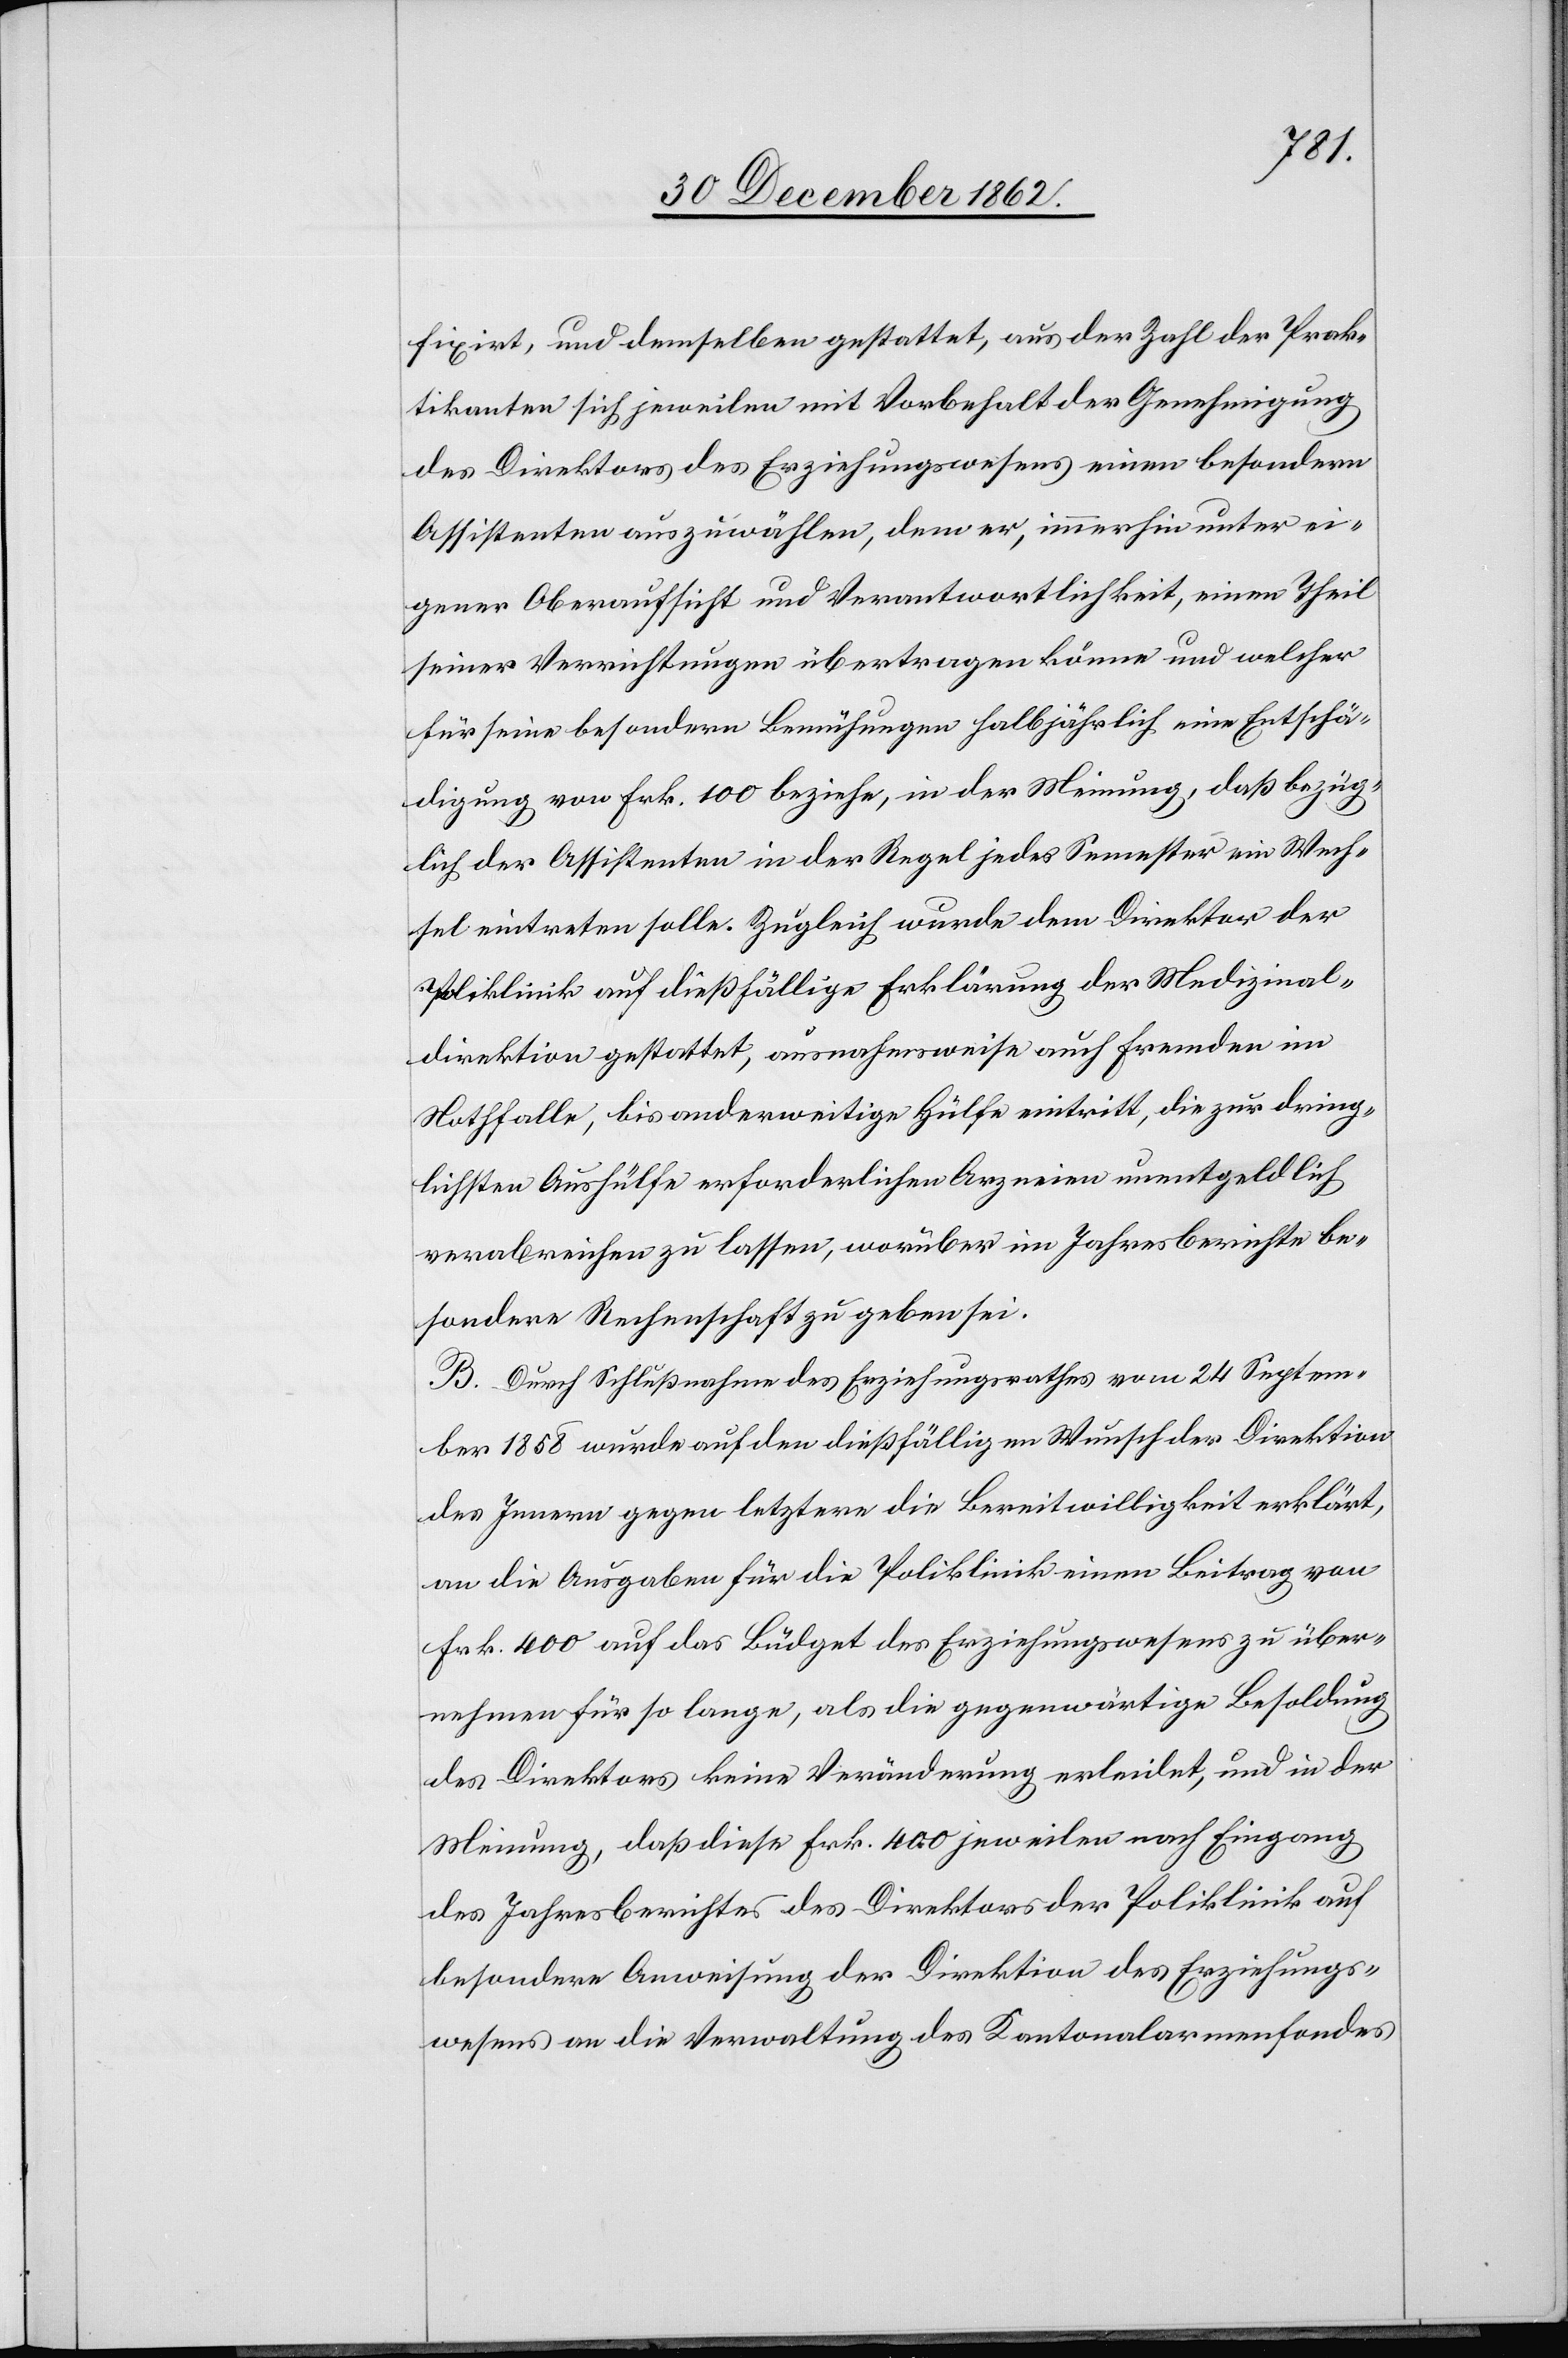
fixirt, und demselben gestattet, aus der Zahl der Prak¬
tikanten sich jeweilen mit Vorbehalt der Genehmigung
des Direktors des Erziehungswesens einen besondern
Assistenten auszuwählen, dem er, immerhin unter ei¬
gener Oberaufsicht und Verantwortlichkeit, einen Theil
seiner Verrichtungen übertragen könne und welcher
für seine besondern Bemühungen halbjährlich eine Entschä¬
digung von Frk. 100 beziehe, in der Meinung, daß bezüg¬
lich der Assistenten in der Regel jedes Semester ein Wech¬
sel eintreten solle. Zugleich wurde dem Direktor der
Poliklinik auf dießfällige Erklärung der Medizinal¬
direktion gestattet, ausnahmsweise auch Fremden im
Nothfalle, bis anderweitige Hülfe eintritt, die zur dring¬
lichsten Aushülfe erforderlichen Arzneien unentgeldlich
verabreichen zu lassen, worüber im Jahresberichte be¬
sondere Rechenschaft zu geben sei.
B. Durch Schlußnahme des Erziehungsrathes vom 24 Septem¬
ber 1858 wurde auf den dießfälligen Wunsch der Direktion
des Innern gegen letztere die Bereitwilligkeit erklärt,
an die Ausgaben für die Poliklinik einen Beitrag von
Frk. 400 auf das Büdget des Erziehungswesens zu über¬
nehmen für so lange, als die gegenwärtige Besoldung
des Direktors keine Veränderung erleidet, und in der
Meinung, daß diese Frk. 400 jeweilen nach Eingang
des Jahresberichtes des Direktors der Poliklinik auf
besondere Anweisung der Direktion des Erziehungs¬
wesens an die Verwaltung des Kantonalarmenfondes